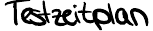
Testzeitplan